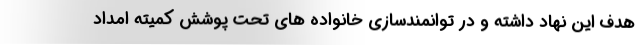
هدف این نهاد داشته و در توانمندسازی خانواده های تحت پوشش کمیته امداد